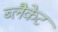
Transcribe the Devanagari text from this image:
ब्लैकेट